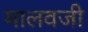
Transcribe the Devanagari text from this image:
मालवजी